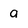
Character: a